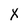
Character: X